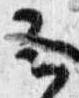
云